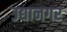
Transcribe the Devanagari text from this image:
उद्यानगर